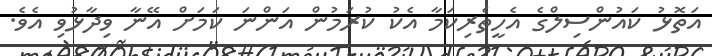
އަތޮޅު ކައުންސިލްގެ އެހީތެރިކަމާ އެކު ކުރަމުން އަންނަ ކަމަށް އޭނާ ވިދާޅުވި އެވެ.